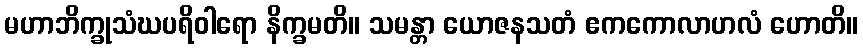
မဟာဘိက္ခုသံဃပရိဝါရော နိက္ခမတိ။ သမန္တာ ယောဇနသတံ ဧကကောလာဟလံ ဟောတိ။